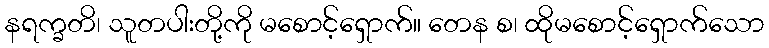
နရက္ခတိ၊ သူတပါးတို့ကို မစောင့်ရှောက်။ တေန စ၊ ထိုမစောင့်ရှောက်သော